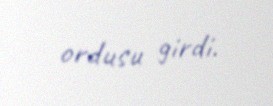
ordusu girdi.